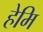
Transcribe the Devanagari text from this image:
हेमि